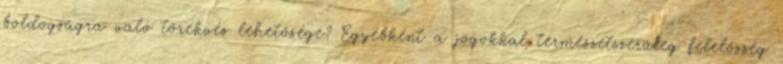
boldogságra való törekvés lehetősége? Egyébként a jogokkal természetszerűleg felelősség